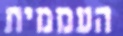
העממית